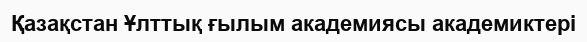
Қазақстан Ұлттық ғылым академиясы академиктері